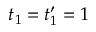
t _ { 1 } = t _ { 1 } ^ { \prime } = 1